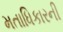
મતાધિકારની